Sanitation, dispensaries and jails vaccination Rajputana 1922-1927 - 1922-1927
Year: 1922
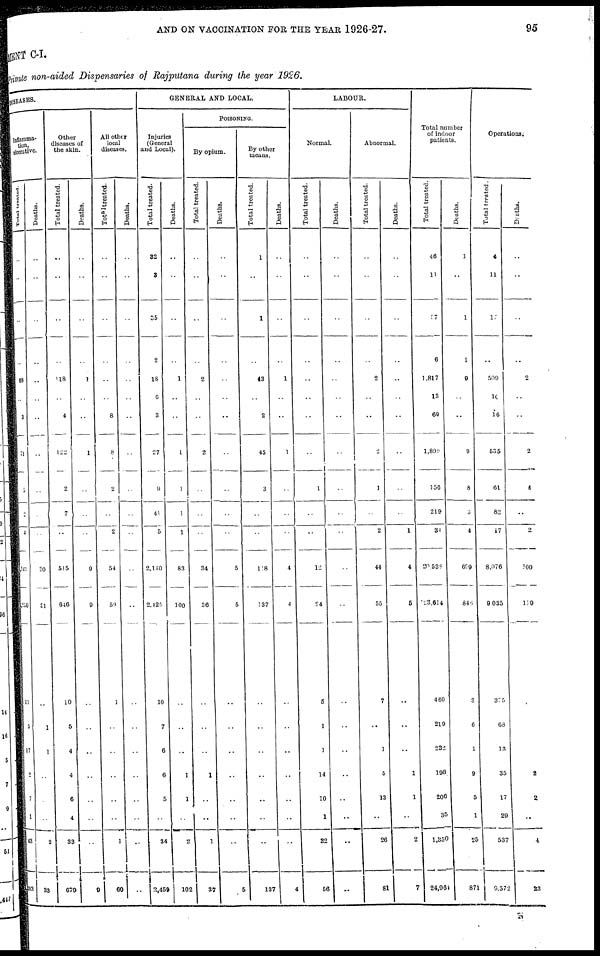
AND ON VACCINATION FOR THE YEAR 1926-27.
95
MENT C-I.
Private non-aided Dispensaries of Rajputana during the year 1926.
DISEASES.
Inflamma-
tion,
ulcerative.
Total treated.
..
..
..
..
68
..
3
71
5
2
4
1,143
1,250
11
5
17
2
7
1
43
1,293
Deaths.
..
..
..
..
..
..
..
..
..
..
..
30
31
..
1
1
..
..
..
2
33
Other
diseases of
the skin.
Total treated.
..
..
..
..
118
..
4
122
2
7
..
515
646
10
5
4
4
6
4
33
679
Deaths.
..
..
..
..
1
..
..
1
..
..
..
9
9
..
..
..
..
..
..
..
9
All other
local
diseases.
Total treated.
..
..
..
..
..
..
8
8
2
..
2
54
59
1
..
..
..
..
..
1
60
Deaths.
..
..
..
..
..
..
..
..
..
..
..
..
..
..
..
..
..
..
..
..
..
GENERAL AND LOCAL.
Injuries
(General
and Local).
Total treated.
32
3
35
2
18
6
3
27
9
41
5
2,140
2,425
10
7
6
6
5
..
34
2,459
Deaths.
..
..
..
..
1
..
..
1
1
1
1
83
100
..
..
..
1
1
..
2
102
POISONING.
By opium.
Total treated.
..
..
..
..
2
..
..
2
..
..
..
34
36
..
..
..
1
..
..
1
37
Deaths.
..
..
..
..
..
..
..
..
..
..
..
5
5
..
..
..
..
..
..
..
5
By other
means.
Total treated.
1
..
1
..
43
..
2
45
3
..
..
118
137
..
..
..
..
..
..
..
137
Deaths.
..
..
..
..
1
..
..
1
..
..
..
4
4
..
..
..
..
..
..
..
4
LABOUR.
Normal.
Total treated.
..
..
..
..
..
..
..
..
1
..
..
12
24
5
1
1
14
10
1
32
56
Deaths.
..
..
..
..
..
..
..
..
..
..
..
..
..
..
..
..
..
..
..
..
..
Abnormal.
Total treated.
..
..
..
..
2
..
..
..
1
..
2
44
55
7
..
1
5
13
..
26
81
Deaths.
..
..
..
..
..
..
..
..
..
..
1
4
5
..
..
..
1
1
..
2
7
Total number
of indoor
patients.
Total treated.
46
11
57
6
1,817
13
69
1,899
156
219
31
20,538
23,614
460
219
232
198
206
35
1,350
24,961
Deaths.
1
..
1
1
9
..
..
9
8
3
4
699
846
3
6
1
9
5
1
25
871
Operations.
Total treated.
4
11
15
..
509
10
16
535
61
82
17
8,076
9,035
375
68
13
35
17
29
537
9,572
Deaths.
..
..
..
..
2
..
..
2
4
..
2
100
119
..
..
..
2
2
..
4
23
N